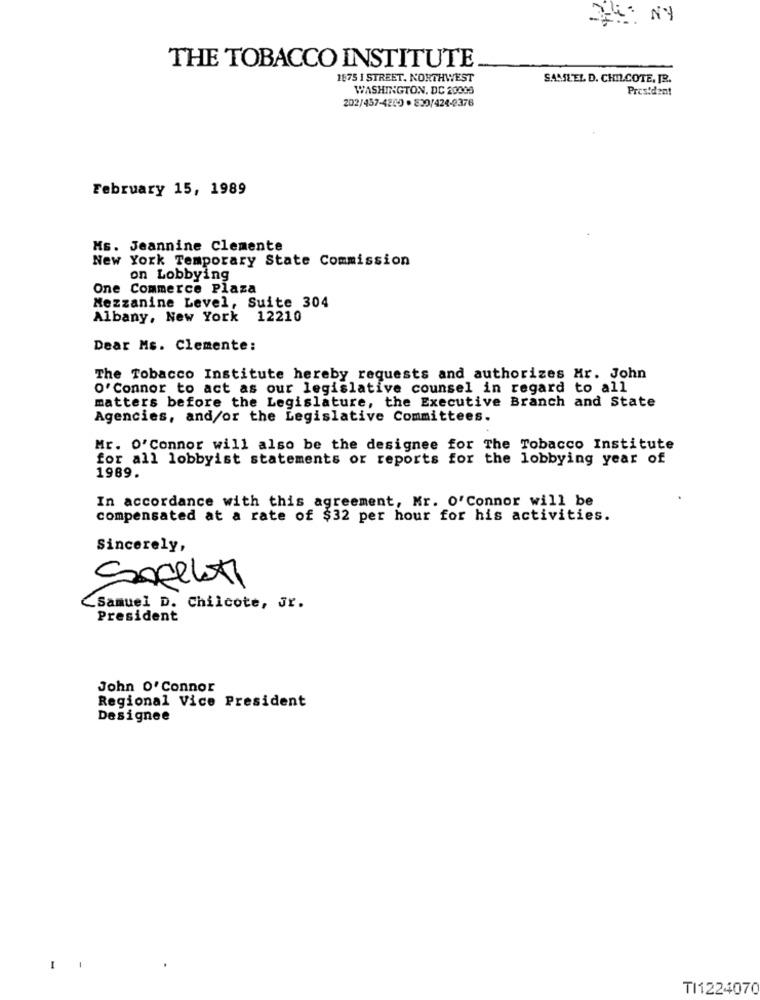
Ti: NY
THE TOBACCO INSTITUTE
1875 1 STREET, NORTHWEST
SAMLEL D. CHILCOTE. IR.
WASHINGTON, DC 20005
President
202/457-4200 · 839/424-2376
February 15, 1989
Ms. Jeannine Clemente
New York Temporary State Commission
on Lobbying
One Commerce Plaza
Mezzanine Level, Suite 304
Albany, New York 12210
Dear Ms. Clemente:
The Tobacco Institute hereby requests and authorizes Mr. John
O'Connor to act as our legislative counsel in regard to all
matters before the Legislature, the Executive Branch and State
Agencies, and/or the Legislative Committees.
Mr. O'Connor will also be the designee for The Tobacco Institute
for all lobbyist statements or reports for the lobbying year of
1989.
In accordance with this agreement, Mr. O'Connor will be
compensated at a rate of $32 per hour for his activities.
Sincerely,
Sofeleti
Samuel D. Chilcote, Jr.
President
John O' Connor
Regional Vice President
Designee
I
TI1224070